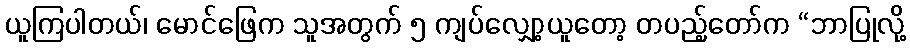
ယူကြပါတယ်၊ မောင်ဖြေက သူအတွက် ၅ ကျပ်လျှော့ယူတော့ တပည့်တော်က “ဘာပြုလို့